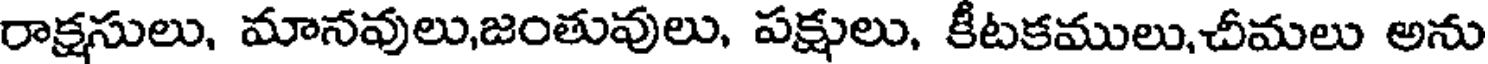
రాక్షసులు, మానవులు,జంతువులు, పక్షులు, కీటకములు,చీమలు అను